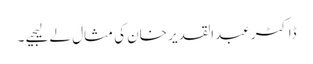
ڈاکٹر عبدالقدیر خان کی مثال لے لیجیے ۔